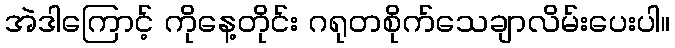
အဲဒါကြောင့် ကိုနေ့တိုင်း ဂရုတစိုက်သေချာလိမ်းပေးပါ။